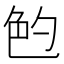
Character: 𰅝